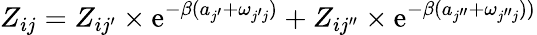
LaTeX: Z_{ij}=Z_{i{j^{\prime}}}\times\textrm{e}^{-\beta(a_{j^{\prime}}+\omega_{{j^{\prime}}j})}+Z_{i{j^{\prime\prime}}}\times\textrm{e}^{-\beta(a_{j^{\prime\prime}}+\omega_{{j^{\prime\prime}}j}))}